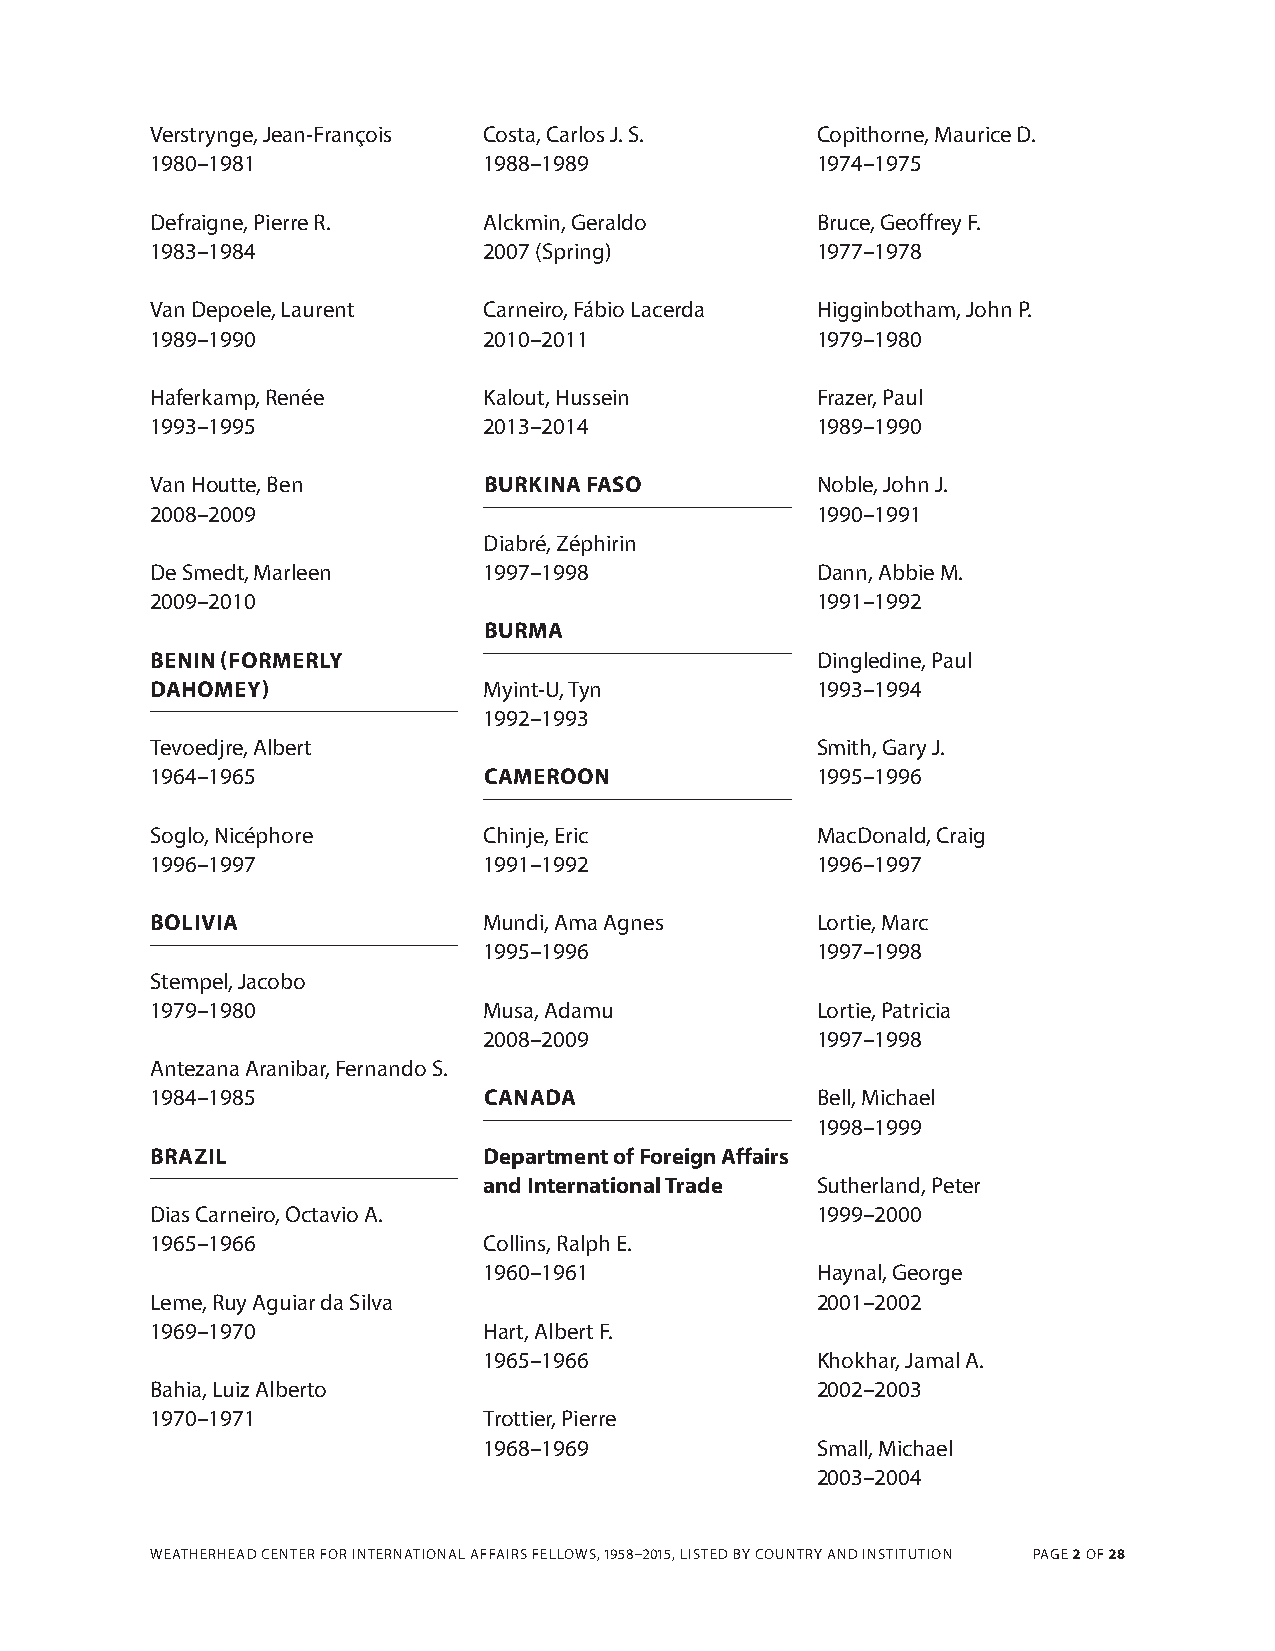
Verstrynge, Jean-François Costa, Carlos J. S. Copithorne, Maurice d.
 1980–1981             1988–1989             1974–1975
 defraigne, Pierre r.  Alckmin, Geraldo      Bruce, Geoffrey F.
 1983–1984             2007 (Spring)         1977–1978
 Van depoele, Laurent  Carneiro, Fábio Lacerda higginbotham, John P.
 1989–1990             2010–2011             1979–1980
 haferkamp, renée      Kalout, hussein       Frazer, Paul
 1993–1995             2013–2014             1989–1990
 Van houtte, Ben       BURKINA FASO          Noble, John J.
 2008–2009                                   1990–1991
 diabré, Zéphirin
 de Smedt, Marleen     1997–1998             dann, Abbie M.
 2009–2010                                   1991–1992
 BURMA
 BENIN (FORMERLY                             dingledine, Paul
 DAHOMEY)              Myint-U, tyn          1993–1994
 1992–1993
 tevoedjre, Albert                           Smith, Gary J.
 1964–1965             CAMEROON              1995–1996
 Soglo, Nicéphore      Chinje, Eric          Macdonald, Craig
 1996–1997             1991–1992             1996–1997
 BOLIVIA               Mundi, Ama Agnes      Lortie, Marc
 1995–1996             1997–1998
 Stempel, Jacobo
 1979–1980             Musa, Adamu           Lortie, Patricia
 2008–2009             1997–1998
 Antezana Aranibar, Fernando S.
 1984–1985             CANADA                Bell, Michael
 1998–1999
 BRAZIL                Department of Foreign Affairs
 and International Trade Sutherland, Peter
 dias Carneiro, Octavio A.                   1999–2000
 1965–1966             Collins, ralph E.
 1960–1961             haynal, George
 Leme, ruy Aguiar da Silva                   2001–2002
 1969–1970             hart, Albert F.
 1965–1966             Khokhar, Jamal A.
 Bahia, Luiz Alberto                         2002–2003
 1970–1971             trottier, Pierre
 1968–1969             Small, Michael
 2003–2004
 WEAthErhEAd CENtEr FOr INtErNAtIONAL AFFAIrS FELLOWS, 1958–2015, LIStEd BY COUNtrY ANd INStItUtION PAGE 2 OF 28